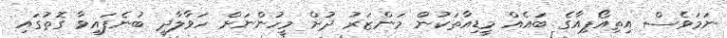
ނަމަވެސް އިތިއޯޕިއާގެ ބައެއް މީޑިއާތަކުން މަންޒަރު ދުށް މީހުންނަށް ހަވާލާދީ ބުނެފައިވާ ގޮތުގައި